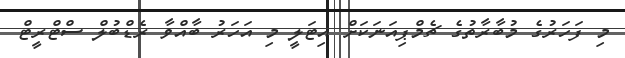
މި ފަހަރުގެ މުބާރާތުގެ ޗެމްޕިއަނަކަށް އިޓަލީ މި އަހަރު ބާއްވާ ރެޑްބުލް ސްޓްރީޓް